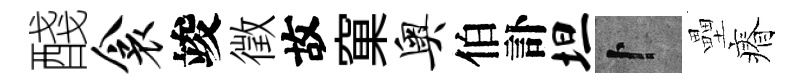
醆衾竣徵故窠奥伯訃坦卜壘瘠